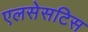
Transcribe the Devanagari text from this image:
एलसेसटिस